Vaccination in Bombay 1889-1901 - 1889-1901
Year: 1889
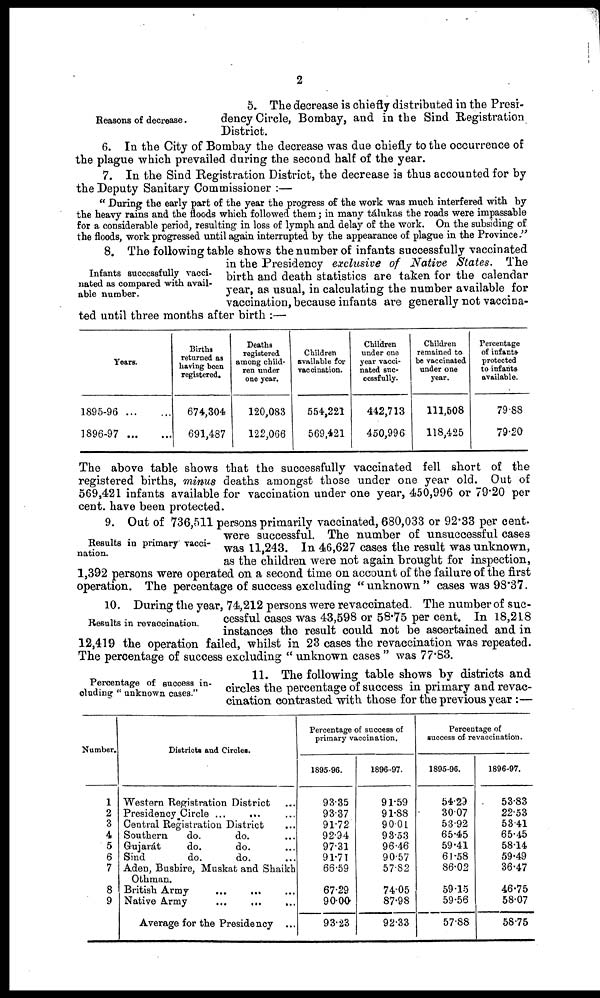
2
Reasons of decrease.
5. The decrease is chiefly distributed in the Presi-
dency Circle, Bombay, and in the Sind Registration
District.
6. In the City of Bombay the decrease was due chiefly to the occurrence of
the plague which prevailed during the second half of the year.
7. In the Sind Registration District, the decrease is thus accounted for by
the Deputy Sanitary Commissioner :—
" During the early part of the year the progress of the work was much interfered with by
the heavy rains and the floods which followed them; in many tálukas the roads were impassable
for a considerable period, resulting in loss of lymph and delay of the work. On the subsiding of
the floods, work progressed until again interrupted by the appearance of plague in the Province."
Infants successfully vacci-
nated as compared with avail-
able number.
8. The following table shows the number of infants successfully vaccinated
in the Presidency exclusive of Native States. The
birth and death statistics are taken for the calendar
year, as usual, in calculating the number available for
vaccination, because infants are generally not vaccina-
ted until three months after birth :—
Years.
1895-96...
...
1896-97...
...
Births
returned as
having been
registered.
674,304
691,487
Deaths
registered
among child-
ren tinder
one year.
120,083
122,066
Children
available for
vaccination.
554,221
569,421
Children
under one
year vacci-
nated suc-
cessfully.
442,713
450,996
Children
remained to
be vaccinated
under one
year.
111,508
118,425
Percentage
of infants
protected
to infants
available.
79.88
79.20
The above table shows that the successfully vaccinated fell short of the
registered births, minus deaths amongst those under one year old. Out of
569,421 infants available for vaccination under one year, 450,996 or 79.20 per
cent. have been protected.
Results in primary vacci-
nation.
9. Out of 736,511 persons primarily vaccinated, 680,033 or 92.33 per cent.
were successful. The number of unsuccessful cases
was 11,243. In 46,627 cases the result was unknown,
as the children were not again brought for inspection,
1,392 persons were operated on a second time on account of the failure of the first
operation. The percentage of success excluding "unknown " cases was 98.37.
Results in revaccination.
10. During the year, 74,212 persons were revaccinated. The number of suc-
cessful cases was 43,598 or 58.75 per cent. In 18,218
instances the result could not be ascertained and in
12,419 the operation failed, whilst in 23 cases the revaccination was repeated.
The percentage of success excluding " unknown cases " was 77.83.
Percentage of success in-
cluding " unknown cases."
11. The following table shows by districts and
circles the percentage of success in primary and revac-
cination contrasted with those for the previous year :—
Number.
1
2
3
4
5
6
7
8
9
Districts and Circles.
Western Registration District ...
Presidency Circle ... ... ...
Central Registration District ...
Southern
do.
do. ...
Gujarát
do.
do. ...
Sind
do.
do. ...
Aden, Bushire, Muskat and Shaikh
Othman.
British Army ... ... ...
Native Army
...
...
...
Average for the Presidency ...
Percentage of success of
primary vaccination.
1895-96.
93.35
93.37
91.72
92.94
97.31
91.71
66.59
67.29
90.00
93.23
1896-97.
91.59
91.88
90.01
93.53
96.46
90.57
57.82
74.05
87.98
92.33
Percentage of
success of revaccination.
1895-96.
54.29
30.07
53.92
65.45
59.41
61.58
86.02
59.15
59.56
57.88
1896-97.
53.83
22.53
53.41
65.45
58.14
59.49
36.47
46.75
58.07
58.75